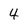
Character: 4